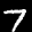
Label: 7